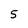
Character: 5